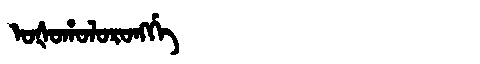
Manchu: ᠣᡧᠣᡥᠣᠯᠣᡵᠣᠩᡤᡝ
Romanization: OŠOHOLORONGGE